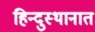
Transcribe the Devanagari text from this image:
हिन्दुस्थानात